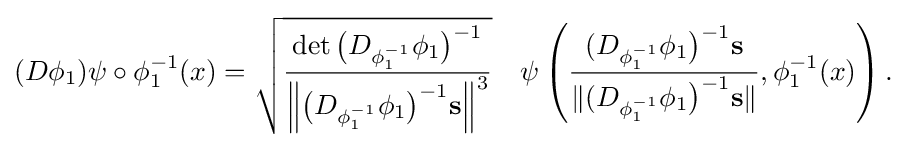
{\begin{aligned}(D\phi _{1})\psi \circ \phi _{1}^{-1}(x)={\sqrt {\frac {\det {{\bigl (}D_{\phi _{1}^{-1}}\phi _{1}{\bigr )}^{-1}}}{\left\|{{\bigl (}D_{\phi _{1}^{-1}}\phi _{1}{\bigr )}^{-1}}{\bf {s}}\right\|^{3}}}}\quad \psi \left({\frac {(D_{\phi _{1}^{-1}}\phi _{1}{\bigr )}^{-1}{\bf {s}}}{\|(D_{\phi _{1}^{-1}}\phi _{1}{\bigr )}^{-1}{\bf {s}}\|}},\phi _{1}^{-1}(x)\right).\end{aligned}}